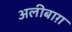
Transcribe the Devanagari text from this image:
अलीबाग़